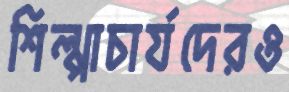
শিল্পাচার্যদেরও